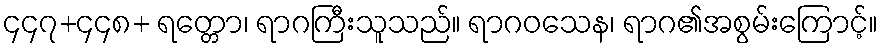
၄၄၇+၄၄၈+ ရတ္တော၊ ရာဂကြီးသူသည်။ ရာဂဝသေန၊ ရာဂ၏အစွမ်းကြောင့်။